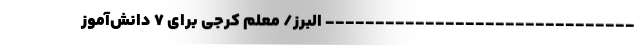
------------------------------- البرز/ معلم کرجی برای ۷ دانش‌آموز